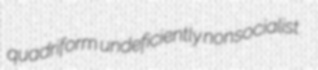
quadriform undeficiently nonsocialist